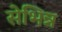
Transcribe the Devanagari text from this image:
सेभिन्न